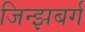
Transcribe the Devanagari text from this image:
जिन्झबर्ग